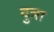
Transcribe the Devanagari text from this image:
दुत्रा